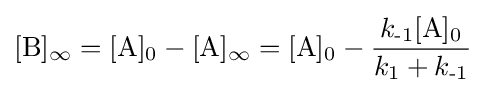
[\mathrm {B} ]_{\infty }=[\mathrm {A} ]_{\text{0}}-[\mathrm {A} ]_{\infty }=[\mathrm {A} ]_{\text{0}}-{\frac {k_{\text{-1}}[\mathrm {A} ]_{\text{0}}}{k_{\text{1}}+k_{\text{-1}}}}